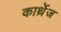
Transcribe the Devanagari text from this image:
कार्थ़ेज